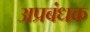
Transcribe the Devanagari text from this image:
अप्रबंधक